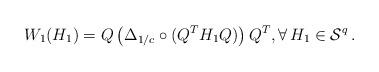
LaTeX: \begin{align*}W_1(H_1)= Q\left( \Delta_{1/c} \circ (Q^TH_1Q)\right )Q^T,\forall \, H_1\in {\cal S}^q\, .\end{align*}